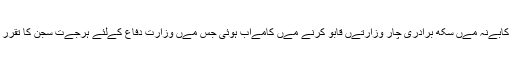
حکومتی کابےنہ مےں سکھ برادری چار وزارتےں قابو کرنے مےں کامےاب ہوئی جس مےں وزارت دفاع کےلئے ہرجےت سجن کا تقرر بھی ہے۔